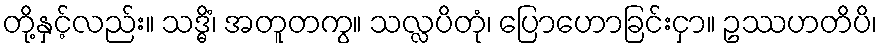
တို့နှင့်လည်း။ သဒ္ဓိံ၊ အတူတကွ။ သလ္လပိတုံ၊ ပြောဟောခြင်းငှာ။ ဥဿဟတိပိ၊